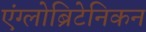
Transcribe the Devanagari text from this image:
एंग्लोब्रिटेनिकन